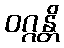
ဝဂ္ဂန္တိ